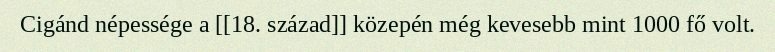
Cigánd népessége a [[18. század]] közepén még kevesebb mint 1000 fő volt.